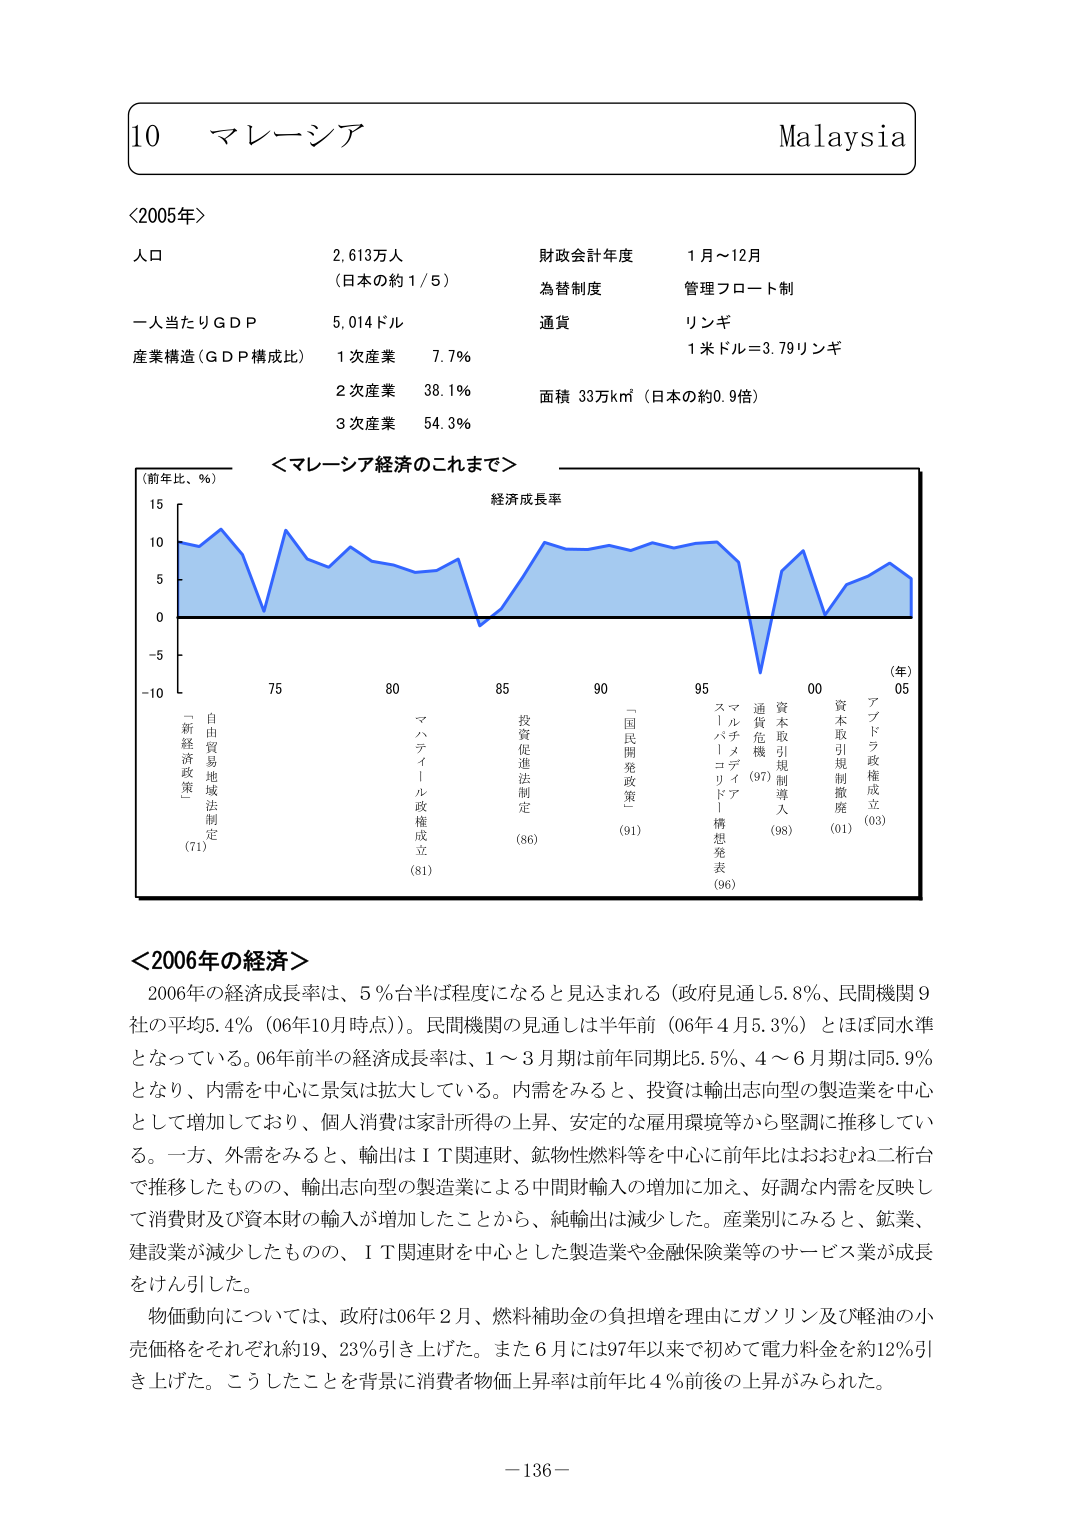
10 マレーシア Malaysia

＜2005年＞
人口 2,613万人 （日本の約1/5）
一人当たりGDP 5,014ドル
産業構造（GDP構成比） 1次産業 7.7%
2次産業 38.1%
3次産業 54.3%
財政会計年度 1月～12月
為替制度 管理フロート制
通貨 リンギ
1米ドル＝3.79リンギ
面積 33万km²（日本の約0.9倍）

＜マレーシア経済のこれまで＞
（前年比、％）
経済成長率
（年）
-10
-5
0
5
10
15
75
80
85
90
95
00
05
「新経済政策」
（71）
自由貿易地域法制定
マハティール政権成立
（81）
投資促進法制定
（86）
「国民開発政策」
（91）
スリパチメディア
「バーリコリドー」構想発表
（96）
通貨危機
（97）
資本取引規制導入
（98）
資本取引規制撤廃
（01）
アブドラ政権成立
（03）

＜2006年の経済＞
2006年の経済成長率は、5％台半ば程度になると見込まれる（政府見通し5.8％、民間機関9社の平均5.4％（06年10月時点））。民間機関の見通しは半年前（06年4月5.3％）とほぼ同水準となっている。06年前半の経済成長率は、1～3月期は前年同期比5.5％、4～6月期は同5.9％となり、内需を中心に景気は拡大している。内需をみると、投資は輸出志向型の製造業を中心として増加しており、個人消費は家計所得の上昇、安定的な雇用環境等から堅調に推移している。一方、外需をみると、輸出はＩＴ関連財、鉱物性燃料等を中心に前年比はおおむね二桁台で推移したものの、輸出志向型の製造業による中間財輸入の増加に加え、好調な内需を反映して消費財及び資本財の輸入が増加したことから、純輸出は減少した。産業別にみると、鉱業、建設業が減少したものの、ＩＴ関連財を中心とした製造業や金融保険業等のサービス業が成長をけん引した。

物価動向については、政府は06年2月、燃料補助金の負担増を理由にガソリン及び軽油の小売価格をそれぞれ約19、23％引き上げた。また6月には97年以来で初めて電力料金を約12％引き上げた。こうしたことを背景に消費者物価上昇率は前年比4％前後の上昇がみられた。

－136－